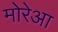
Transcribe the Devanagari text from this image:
मोरेआ